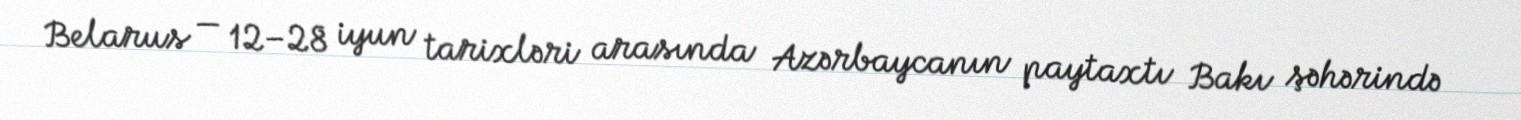
Belarus — 12–28 iyun tarixləri arasında Azərbaycanın paytaxtı Bakı şəhərində